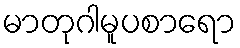
မာတုဂါမူပစာရော